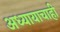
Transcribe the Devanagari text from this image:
अध्यायाचाही